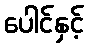
ပေါင်နှင့်